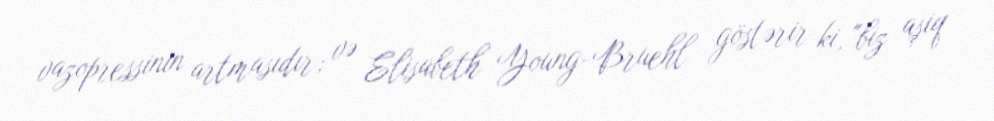
vazopressinin artmasıdır; və Elisabeth Young-Bruehl göstərir ki, "biz aşiq